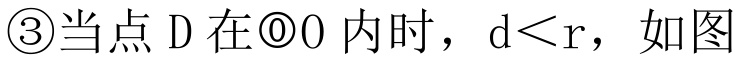
\textcircled{3}当点 \(D\) 在\(\odot O\) 内时，\(d<r\)，如图